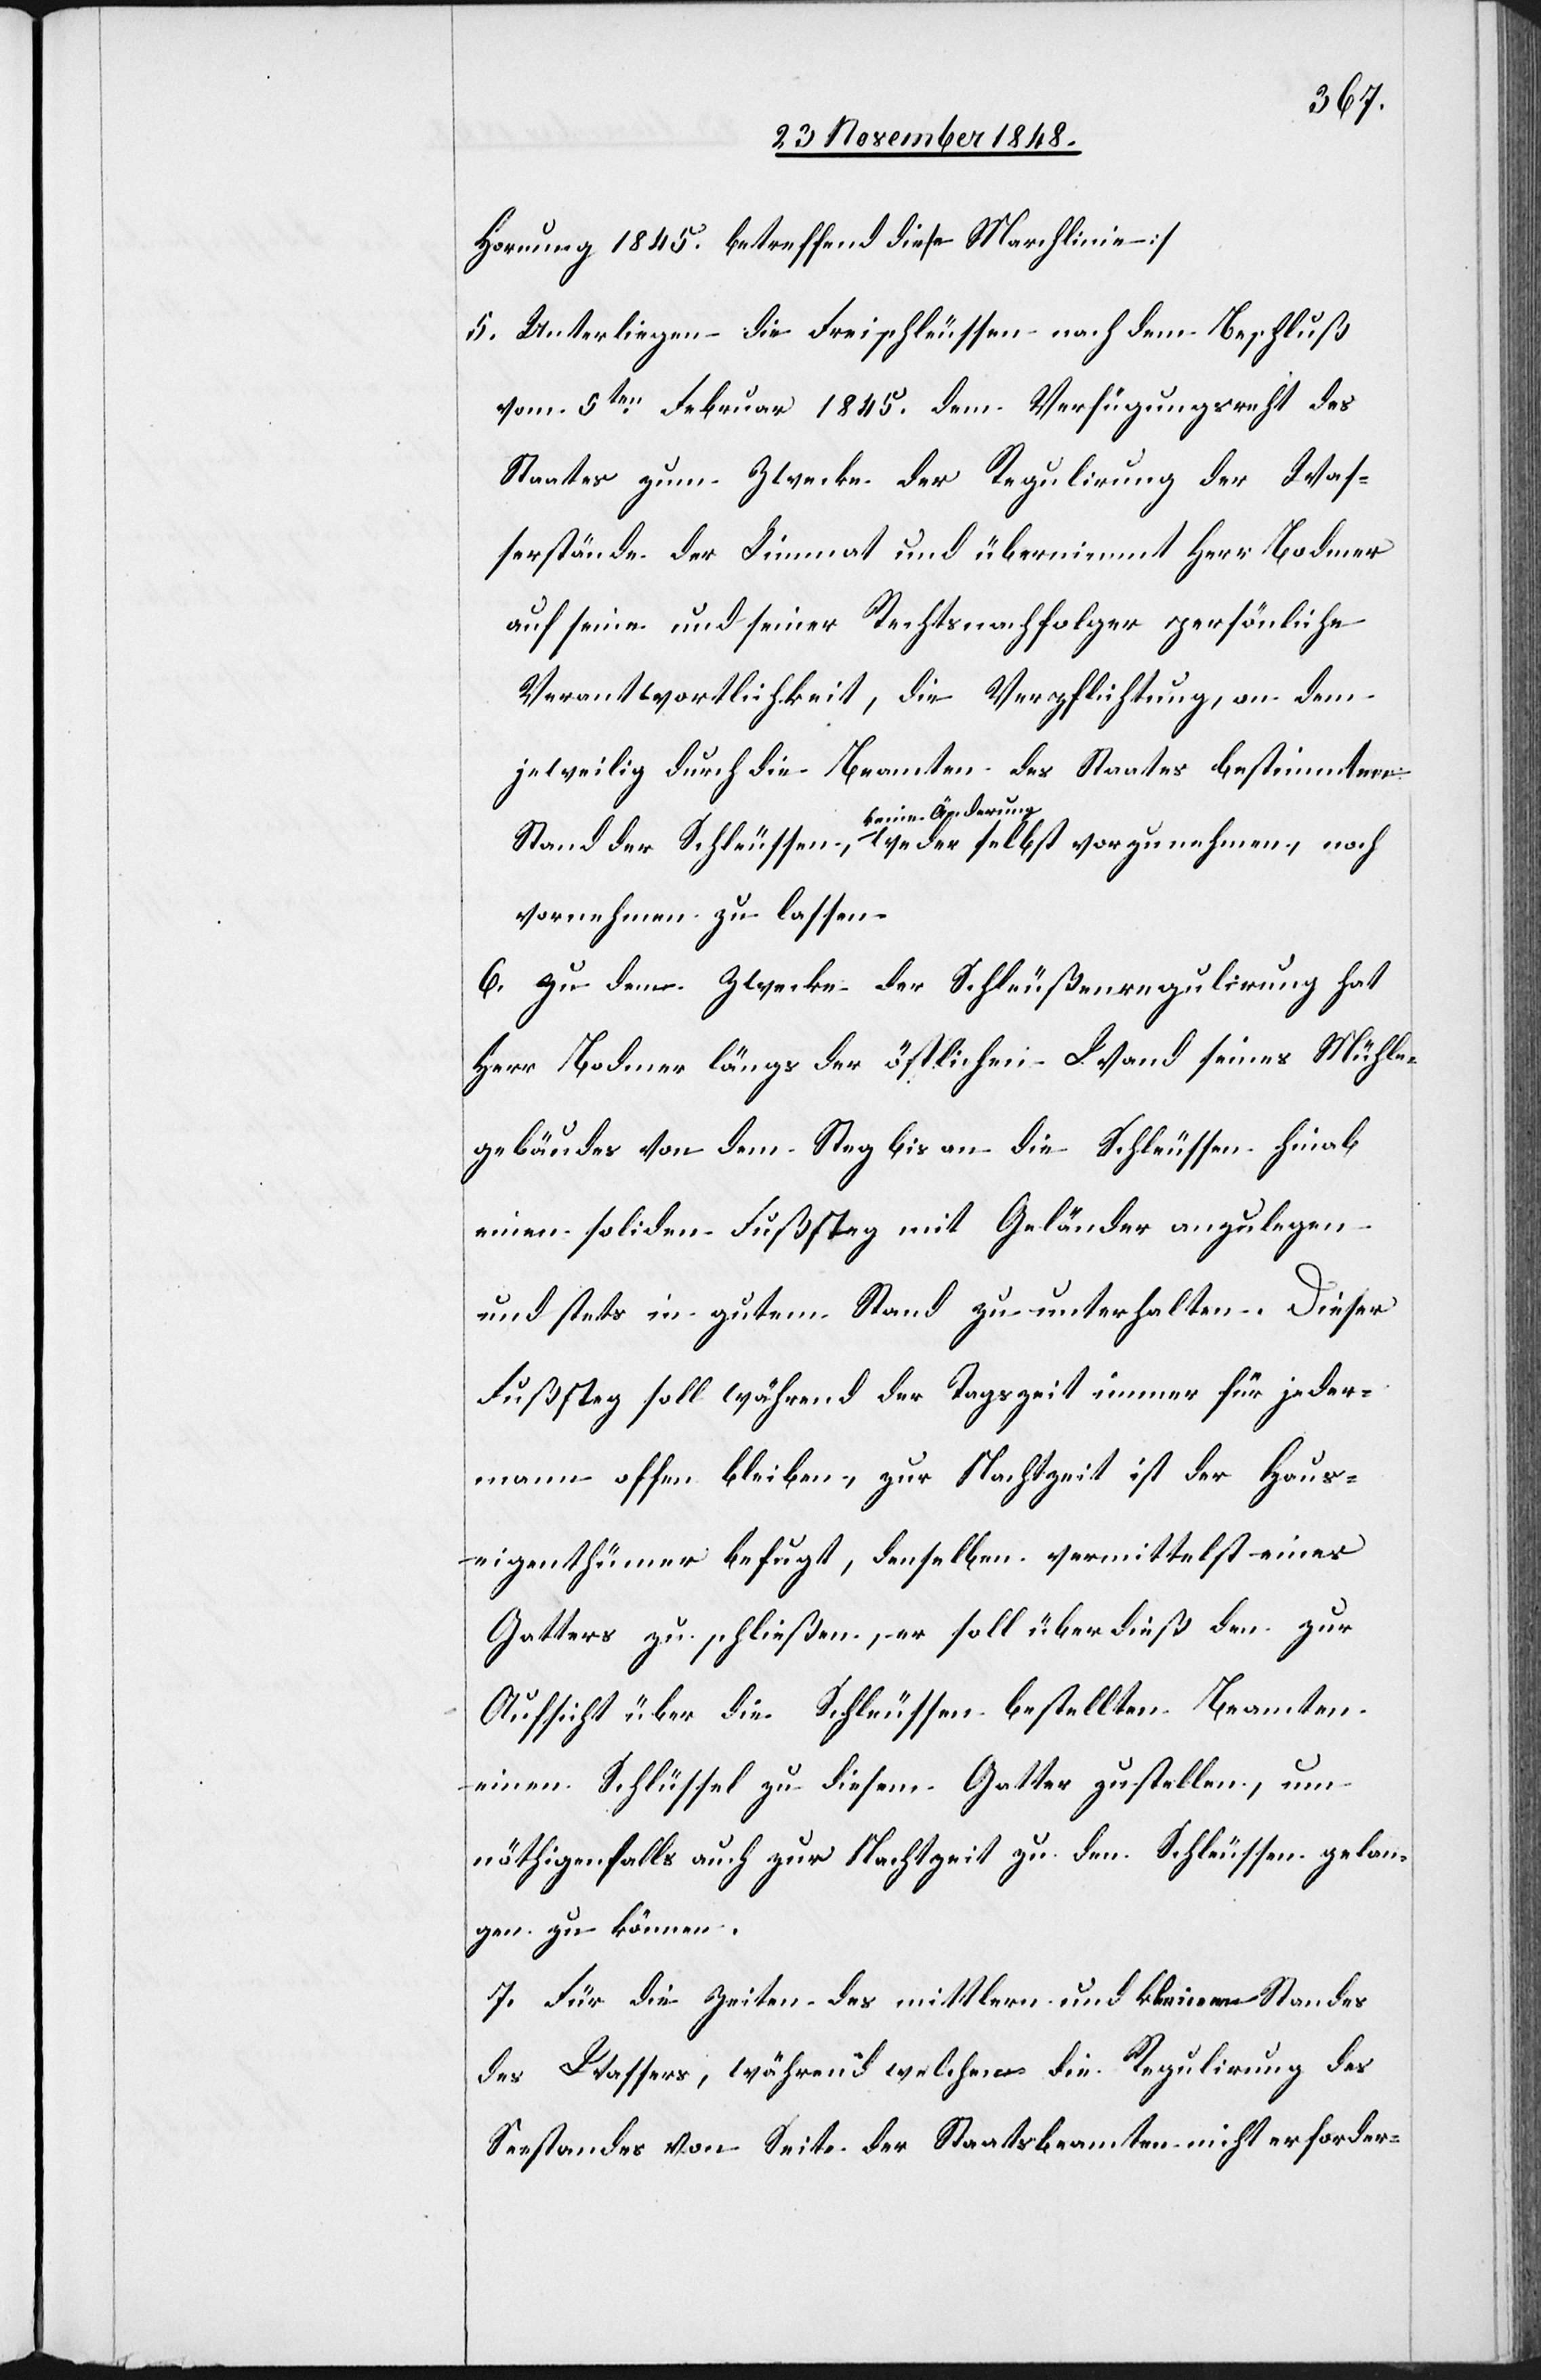
Hornung 1845. betreffend diese Marchlinie]
5. Unterliegen die Freischleussen nach dem Beschluß
vom 5ten Februar 1845. dem Verfügungsrecht des
Staates zum Zwecke der Regulirung der Was¬
serstände der Limmat und übernimmt Herr Bodmer
auf seine und seiner Rechtsnachfolger persönliche
Verantwortlichkeit, die Verpflichtung, an dem
jeweiligen durch die Beamten des Staates bestimmten
Stand der Schleussen, keine Änderung weder selbst vorzunehmen, noch
vornehmen zu lassen.
6. Zu dem Zwecke der Schleußenregulirung hat
Herr Bodmer längs der östlichen Wand seines Mühle¬
gebäudes von dem Steg bis an die Schleussen hinab
einen soliden Fußsteg mit Geländer anzulegen
und stets in gutem Stand zu unterhalten. Dieser
Fußsteg soll während der Tagszeit immer für jeder¬
mann offen bleiben, zur Nachtzeit ist der Haus¬
eigenthümer befugt, denselben vermittelst eines
Gatters zu schließen, er soll überdieß den zur
Aufsicht über die Schleussen bestellten Beamten
einen Schlüssel zu diesem Gatter zustellen, um
nöthigenfalls auch zur Nachtzeit zu den Schleussen gelan¬
gen zu können.
7. Für die Zeiten des mittlern und kleinern Standes
des Wassers, während welchen die Regulirung des
Seestandes von Seite der Staatsbeamten nicht erforder-